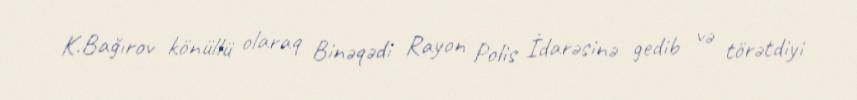
K.Bağırov könüllü olaraq Binəqədi Rayon Polis İdarəsinə gedib və törətdiyi